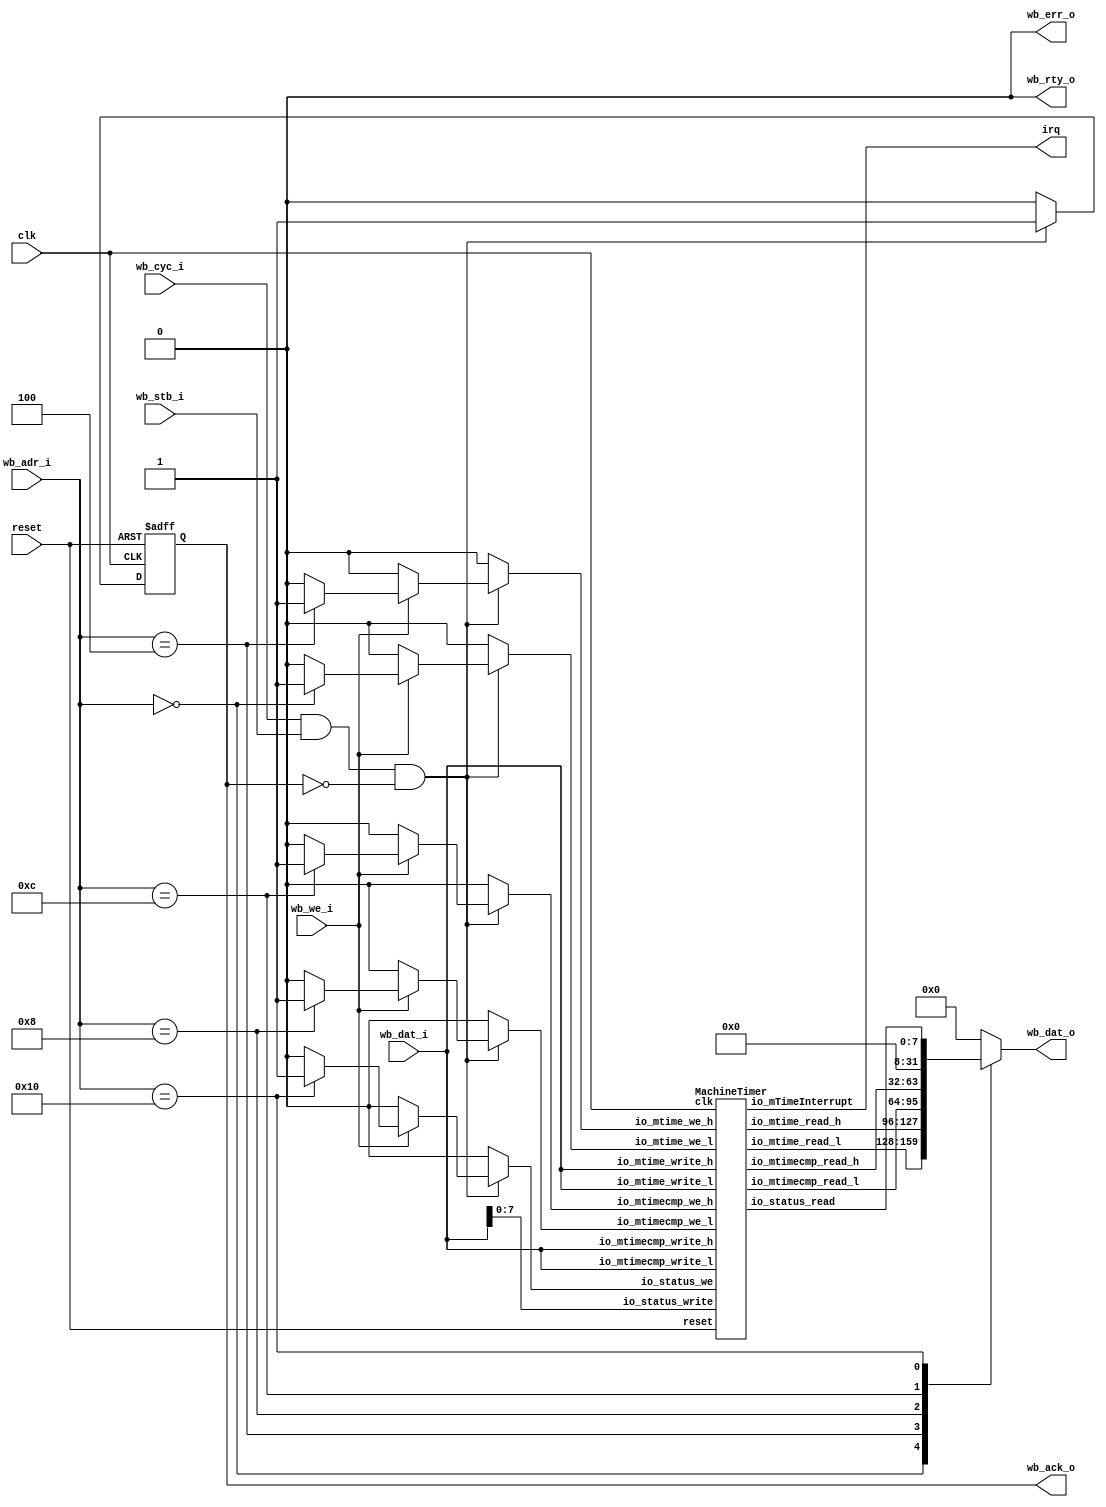
// Generator : SpinalHDL v1.4.3    git head : adf552d8f500e7419fff395b7049228e4bc5de26
// Component : WishboneMachineTimer



module WishboneMachineTimer (
  input      [4:0]    wb_adr_i,
  input      [31:0]   wb_dat_i,
  input               wb_we_i,
  output reg [31:0]   wb_dat_o,
  input               wb_cyc_i,
  input               wb_stb_i,
  output              wb_ack_o,
  output              wb_err_o,
  output              wb_rty_o,
  output              irq,
  input               clk,
  input               reset
);
  reg                 _zz_1;
  reg                 _zz_2;
  wire       [31:0]   _zz_3;
  wire       [31:0]   _zz_4;
  reg                 _zz_5;
  reg                 _zz_6;
  wire       [31:0]   _zz_7;
  wire       [31:0]   _zz_8;
  reg                 _zz_9;
  wire       [7:0]    _zz_10;
  wire       [31:0]   mtimer_io_mtime_read_l;
  wire       [31:0]   mtimer_io_mtime_read_h;
  wire       [31:0]   mtimer_io_mtimecmp_read_l;
  wire       [31:0]   mtimer_io_mtimecmp_read_h;
  wire                mtimer_io_mTimeInterrupt;
  wire       [7:0]    mtimer_io_status_read;
  wire                _zz_11;
  wire                _zz_12;
  reg                 ack;
  wire                sel;

  assign _zz_11 = (sel == 1'b1);
  assign _zz_12 = (wb_we_i == 1'b1);
  MachineTimer mtimer (
    .io_mtime_read_l        (mtimer_io_mtime_read_l[31:0]     ), //o
    .io_mtime_read_h        (mtimer_io_mtime_read_h[31:0]     ), //o
    .io_mtime_we_l          (_zz_1                            ), //i
    .io_mtime_we_h          (_zz_2                            ), //i
    .io_mtime_write_l       (_zz_3[31:0]                      ), //i
    .io_mtime_write_h       (_zz_4[31:0]                      ), //i
    .io_mtimecmp_read_l     (mtimer_io_mtimecmp_read_l[31:0]  ), //o
    .io_mtimecmp_read_h     (mtimer_io_mtimecmp_read_h[31:0]  ), //o
    .io_mtimecmp_we_l       (_zz_5                            ), //i
    .io_mtimecmp_we_h       (_zz_6                            ), //i
    .io_mtimecmp_write_l    (_zz_7[31:0]                      ), //i
    .io_mtimecmp_write_h    (_zz_8[31:0]                      ), //i
    .io_mTimeInterrupt      (mtimer_io_mTimeInterrupt         ), //o
    .io_status_we           (_zz_9                            ), //i
    .io_status_write        (_zz_10[7:0]                      ), //i
    .io_status_read         (mtimer_io_status_read[7:0]       ), //o
    .clk                    (clk                              ), //i
    .reset                  (reset                            )  //i
  );
  always @ (*) begin
    _zz_1 = 1'b0;
    if(_zz_11)begin
      if(_zz_12)begin
        case(wb_adr_i)
          5'h0 : begin
            _zz_1 = 1'b1;
          end
          default : begin
          end
        endcase
      end
    end
  end

  always @ (*) begin
    _zz_2 = 1'b0;
    if(_zz_11)begin
      if(_zz_12)begin
        case(wb_adr_i)
          5'h04 : begin
            _zz_2 = 1'b1;
          end
          default : begin
          end
        endcase
      end
    end
  end

  always @ (*) begin
    _zz_5 = 1'b0;
    if(_zz_11)begin
      if(_zz_12)begin
        case(wb_adr_i)
          5'h08 : begin
            _zz_5 = 1'b1;
          end
          default : begin
          end
        endcase
      end
    end
  end

  always @ (*) begin
    _zz_6 = 1'b0;
    if(_zz_11)begin
      if(_zz_12)begin
        case(wb_adr_i)
          5'h0c : begin
            _zz_6 = 1'b1;
          end
          default : begin
          end
        endcase
      end
    end
  end

  always @ (*) begin
    _zz_9 = 1'b0;
    if(_zz_11)begin
      if(_zz_12)begin
        case(wb_adr_i)
          5'h10 : begin
            _zz_9 = 1'b1;
          end
          default : begin
          end
        endcase
      end
    end
  end

  assign _zz_3 = wb_dat_i;
  assign _zz_4 = wb_dat_i;
  assign _zz_7 = wb_dat_i;
  assign _zz_8 = wb_dat_i;
  assign _zz_10 = wb_dat_i[7 : 0];
  assign irq = mtimer_io_mTimeInterrupt;
  assign wb_ack_o = ack;
  assign wb_rty_o = 1'b0;
  assign wb_err_o = 1'b0;
  assign sel = ((wb_cyc_i && wb_stb_i) && (! ack));
  always @ (*) begin
    case(wb_adr_i)
      5'h0 : begin
        wb_dat_o = mtimer_io_mtime_read_l;
      end
      5'h04 : begin
        wb_dat_o = mtimer_io_mtime_read_h;
      end
      5'h08 : begin
        wb_dat_o = mtimer_io_mtimecmp_read_l;
      end
      5'h0c : begin
        wb_dat_o = mtimer_io_mtimecmp_read_h;
      end
      5'h10 : begin
        wb_dat_o = {24'h0,mtimer_io_status_read};
      end
      default : begin
        wb_dat_o = 32'h0;
      end
    endcase
  end

  always @ (posedge clk or posedge reset) begin
    if (reset) begin
      ack <= 1'b0;
    end else begin
      ack <= 1'b0;
      if((ack == 1'b1))begin
        ack <= 1'b0;
      end
      if(_zz_11)begin
        ack <= 1'b1;
      end
    end
  end


endmodule

module MachineTimer (
  output     [31:0]   io_mtime_read_l,
  output     [31:0]   io_mtime_read_h,
  input               io_mtime_we_l,
  input               io_mtime_we_h,
  input      [31:0]   io_mtime_write_l,
  input      [31:0]   io_mtime_write_h,
  output     [31:0]   io_mtimecmp_read_l,
  output     [31:0]   io_mtimecmp_read_h,
  input               io_mtimecmp_we_l,
  input               io_mtimecmp_we_h,
  input      [31:0]   io_mtimecmp_write_l,
  input      [31:0]   io_mtimecmp_write_h,
  output              io_mTimeInterrupt,
  input               io_status_we,
  input      [7:0]    io_status_write,
  output     [7:0]    io_status_read,
  input               clk,
  input               reset
);
  reg        [63:0]   mtime;
  reg        [63:0]   mtimecmp;
  reg        [7:0]    status;
  wire                interrupt;
  wire                interrupt_enable;

  assign interrupt = status[0];
  assign interrupt_enable = status[1];
  assign io_mTimeInterrupt = interrupt;
  assign io_mtime_read_l = mtime[31 : 0];
  assign io_mtime_read_h = mtime[63 : 32];
  assign io_mtimecmp_read_l = mtimecmp[31 : 0];
  assign io_mtimecmp_read_h = mtimecmp[63 : 32];
  assign io_status_read = status;
  always @ (posedge clk or posedge reset) begin
    if (reset) begin
      mtime <= 64'h0;
      mtimecmp <= 64'h0;
      status <= 8'h0;
    end else begin
      status[0] <= ((interrupt || ((mtime == mtimecmp) && (! interrupt))) && interrupt_enable);
      if((interrupt_enable == 1'b1))begin
        if((mtime == mtimecmp))begin
          mtime <= 64'h0;
        end else begin
          mtime <= (mtime + 64'h0000000000000001);
        end
      end
      if((io_mtime_we_l == 1'b1))begin
        mtime[31 : 0] <= io_mtime_write_l;
      end
      if((io_mtime_we_h == 1'b1))begin
        mtime[63 : 32] <= io_mtime_write_h;
      end
      if((io_mtimecmp_we_l == 1'b1))begin
        mtimecmp[31 : 0] <= io_mtimecmp_write_l;
      end
      if((io_mtimecmp_we_h == 1'b1))begin
        mtimecmp[63 : 32] <= io_mtimecmp_write_h;
      end
      if(io_status_we)begin
        status <= io_status_write;
      end
    end
  end


endmodule